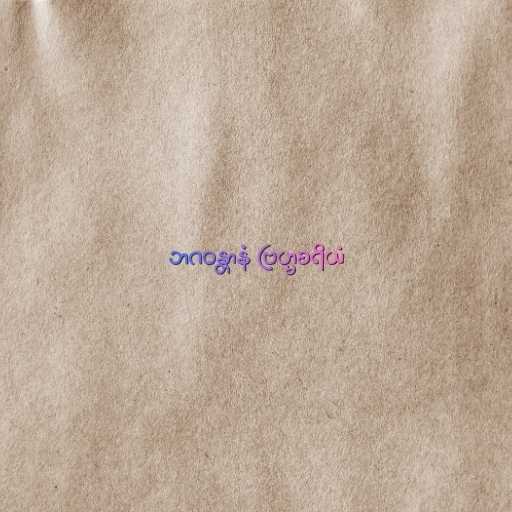
ဘဂဝန္တာနံ ဗြဟ္မစရိယံ